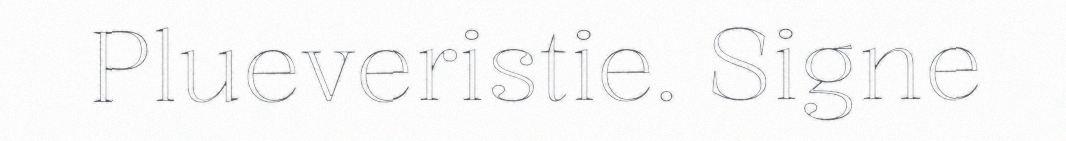
Plueveristie. Signe